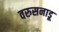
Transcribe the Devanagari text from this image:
वरुसनाडू